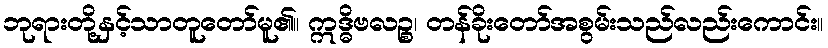
ဘုရားတို့နှင့်သာတူတော်မူ၏။ ဣဒ္ဓိဗလဉ္စ၊ တန်ခိုးတော်အစွမ်းသည်လည်းကောင်း။